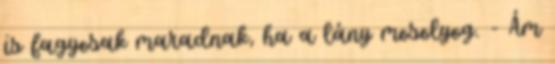
is fagyosak maradnak, ha a lány mosolyog. - Ám